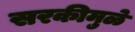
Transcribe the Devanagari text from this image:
सरकीमुळे